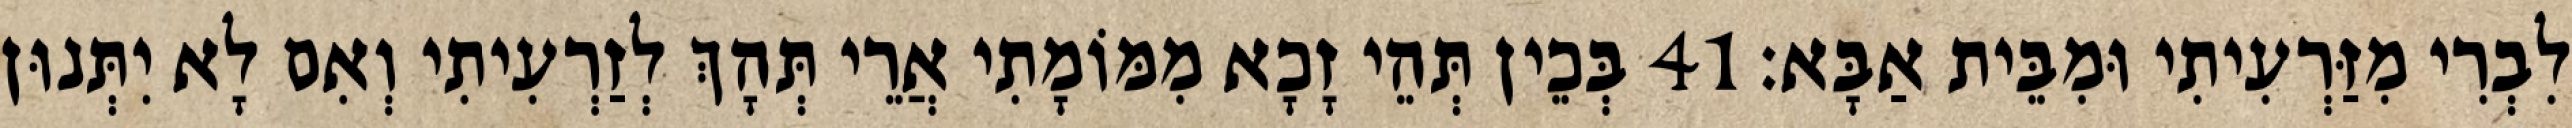
לִבְרִי מִזַּרְעִיתִי וּמִבֵּית אַבָּא׃ 41 בְּכֵין תְּהֵי זָכָא מִמּוֹמָתִי אֲרֵי תְּהָךְ לְזַרְעִיתִי וְאִם לָא יִתְּנוּן